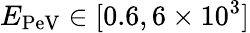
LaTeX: E_{\mathrm{PeV}}\in[0.6,6\times 10^{3}]